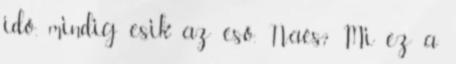
idő, mindig esik az eső. Naés? Mi ez a